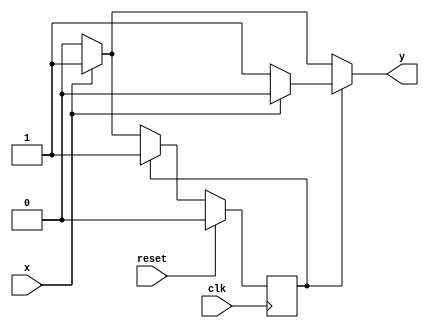
`timescale 1ns / 1ps
//////////////////////////////////////////////////////////////////////////////////
//
//problem no.:2
//semester:5
//group no.:12
//names of group members:K Sai Santhoshi Niharika, Surkanti Akshitha
//
//////////////////////////////////////////////////////////////////////////////////

module compliment_fsm(
			input x,clk,reset,
			output reg y
    );
	 reg cst,nst;
	 parameter s0=1'b0,s1=1'b1;

    // -----------------------------------
    // Input |      0      |      1      |
    // -----------------------------------
    //   PS  |  NS  |  Out |  NS  |  Out |
    // -----------------------------------
    //    0  |   0  |   0  |   1  |   1  |
    //    1  |   1  |   1  |   1  |   0  |
    // -----------------------------------
	 
	 always@(cst or x) begin
		if(cst==s0) begin
			if(~x) begin
				y=0;
				nst=cst;
			end
			else begin 
				y=1;
				nst=s1;
			end
		end
		else begin
			if(~x) begin
				y=1;
				nst=s1;
			end
			else begin 
				y=0;
				nst=s1;
			end
		end
		end
		
		always@(posedge clk) begin
			if(reset) //current state => intial stage
				cst <= s0;
			else 		 //current state updated to next state
				cst <= nst;
		end


endmodule